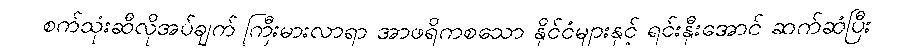
စက်သုံးဆီလိုအပ်ချက် ကြီးမားလာရာ အာဖရိကစသော နိုင်ငံများနှင့် ရင်းနှီးအောင် ဆက်ဆံပြီး